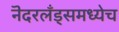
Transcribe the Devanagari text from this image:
नॆदरलँड्समध्येच